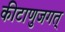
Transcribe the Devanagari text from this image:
कीटाणुजगत्